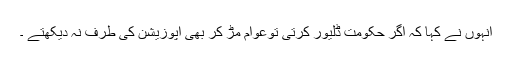
انہوں نے کہا کہ اگر حکومت ڈلیور کرتی توعوام مڑ کر بھی اپوزیشن کی طرف نہ دیکھتے ۔